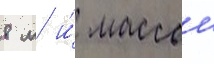
8 м и́ массои